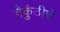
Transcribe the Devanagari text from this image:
वैकुंठीचें